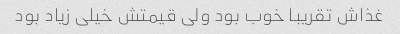
غذاش تقریبا خوب بود ولی قیمتش خیلی زیاد بود